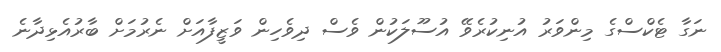
ނަގާ ޓެކްސްގެ މިންވަރު އުނިކުރެވޭ އުސޫލަކުން ވެސް ދިވެހިން ވަޒީފާއަށް ނެރުމަށް ބާރުއެޅިދާނެ